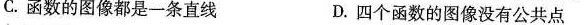
C.函数的图像都是一条直线 D.四个函数的图像没有公共点